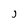
Character: J